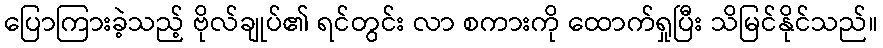
ပြောကြားခဲ့သည့် ဗိုလ်ချုပ်၏ ရင်တွင်း လာ စကားကို ထောက်ရှုပြီး သိမြင်နိုင်သည်။